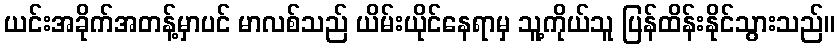
ယင်းအခိုက်အတန့်မှာပင် မာလစ်သည် ယိမ်းယိုင်နေရာမှ သူ့ကိုယ်သူ ပြန်ထိန်းနိုင်သွားသည်။